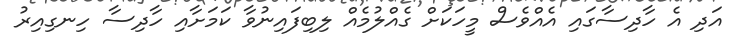
އަދި އެ ހާދިސާގައި އެއްވެސް މީހަކަށް ގެއްލުމެއް ލިބިފައިނުވާ ކަމަށާއި ހާދިސާ ހިނގިއިރު